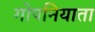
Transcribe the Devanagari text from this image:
गोपनियाता